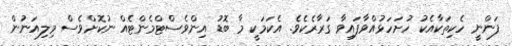
ފަންނީ ހެކިތަކާއެކު ހުށަހަޅުއްވާފައިވާ ގަރާރެކެވެ. އެކަމަކީ މާ ބޮޑު އިންވެސްޓްމެންޓެއް ނުކޮށްވެސް މިލިއަނުން